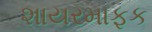
શાયરમાફક